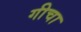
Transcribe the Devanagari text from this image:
गीचा